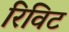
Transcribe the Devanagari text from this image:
रिविट